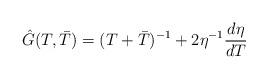
LaTeX: \begin{align*}\hat{G}(T,\bar{T})=(T+\bar{T})^{-1}+ 2 \eta^{-1}\frac{d\eta}{dT}\end{align*}